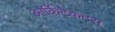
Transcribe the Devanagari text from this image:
आर्किटेकटस